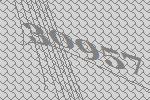
30957